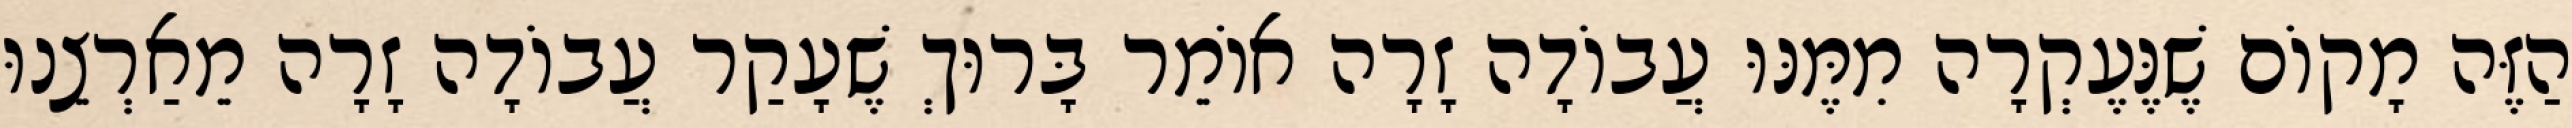
הַזֶּה מָקוֹם שֶׁנֶּעֶקְרָה מִמֶּנּוּ עֲבוֹדָה זָרָה אוֹמֵר בָּרוּךְ שֶׁעָקַר עֲבוֹדָה זָרָה מֵאַרְצֵנוּ